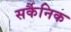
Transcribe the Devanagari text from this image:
सर्कैनिक